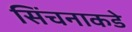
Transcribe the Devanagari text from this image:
सिंचनाकडे